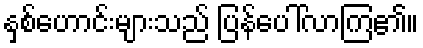
နှစ်ဟောင်းများသည် ပြန်ပေါ်လာကြ၏။